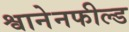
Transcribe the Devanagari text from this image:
श्वानेनफील्ड